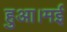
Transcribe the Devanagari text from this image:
हुआ।मई